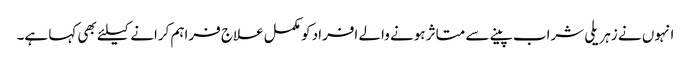
انہوں نے زہریلی شراب پینے سے متاثر ہونے والے افراد کو مکمل علاج فراہم کرانے کیلئے بھی کہا ہے۔